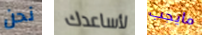
نحن لأساعدك مايجب